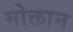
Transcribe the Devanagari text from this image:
मोक्तान